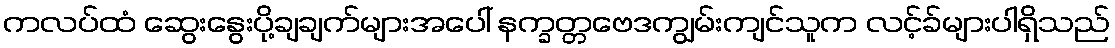
ကလပ်ထံ ဆွေးနွေးပို့ချချက်များအပေါ် နက္ခတ္တဗေဒကျွမ်းကျင်သူက လင့်ခ်များပါရှိသည်